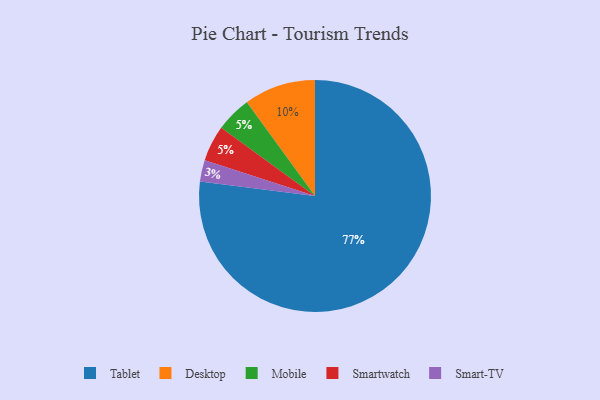
{"axis": {"x": "Category", "y": "Percentage"}, "legend": ["Desktop", "Mobile", "Smart-TV", "Smartwatch", "Tablet"], "data": [{"x": "Smart-TV", "y": 3, "type": "Smart-TV"}, {"x": "Desktop", "y": 10, "type": "Desktop"}, {"x": "Mobile", "y": 5, "type": "Mobile"}, {"x": "Tablet", "y": 77, "type": "Tablet"}, {"x": "Smartwatch", "y": 5, "type": "Smartwatch"}]}